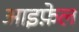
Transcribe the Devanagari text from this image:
आइफ़ेल